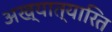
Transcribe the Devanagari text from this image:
अख्यात्यारित